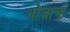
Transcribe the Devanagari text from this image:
भोजाचा